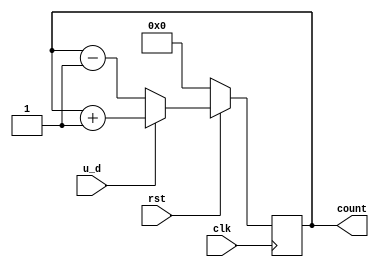
module counter (
    clk,rst,count,u_d
);
    
    input clk,rst,u_d;
    output [7:0]count;
    reg [7:0] count_temp=8'b0000000;

    always @(posedge clk) 
        if (!rst) 
            count_temp <= 8'd0;
        else if(u_d)
            count_temp <= count_temp+1;
        else
            count_temp <= count_temp-1;
    

    assign count =count_temp;

        
    
endmodule